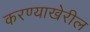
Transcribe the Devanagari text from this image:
करण्याखेरील